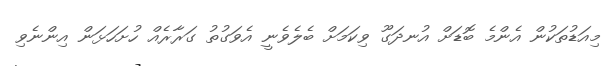
މިއަޑުތަކުން އެންމެ ބޮޑަށް އުނދަގޫ ވިކަމަށް ބެލެވެނީ އެވަގުތު ގަރާރެއް ހުށަހަޅަން އިންނެވި